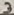
Text: 3